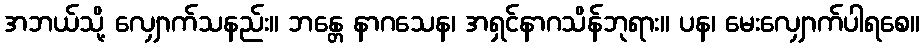
အဘယ်သို့ လျှောက်သနည်း။ ဘန္တေ နာဂသေန၊ အရှင်နာဂသိန်ဘုရား။ ပန၊ မေးလျှောက်ပါရစေ။